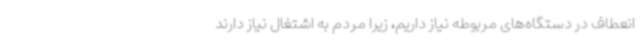
انعطاف در دستگاه‌های مربوطه نیاز داریم، زیرا مردم به اشتغال نیاز دارند